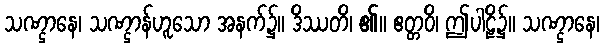
သဏ္ဌာနေ၊ သဏ္ဌာန်ဟူသော အနက်၌။ ဒိဿတိ၊ ၏။ ဧတ္တဝိ၊ ဤပါဠိ၌။ သဏ္ဌာနေ၊